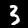
Digit: 3